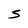
Character: S